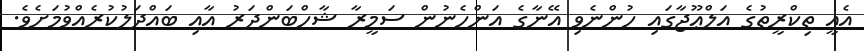
އެއީ ތިކްރީތުގެ އަލްޢޫޖާގައި ހުންނެވި އޭނާގެ އަންހެނުން ސަމީރާ ޝާހްބަންދަރު އާއި ބައްދަލުކުރެއްވުމަށެވެ.